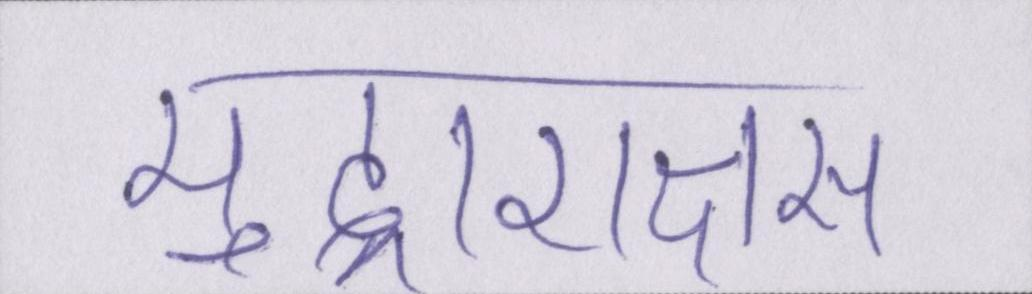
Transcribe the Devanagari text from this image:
मुद्राराक्षस